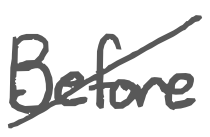
Text: Before
Cross-out: diagonal
Writing tool: digital_gray